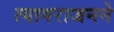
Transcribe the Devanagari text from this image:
त्यागराजनने